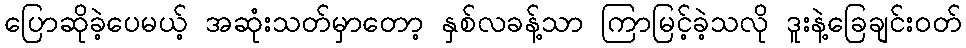
ပြောဆိုခဲ့ပေမယ့် အဆုံးသတ်မှာတော့ နှစ်လခန့်သာ ကြာမြင့်ခဲ့သလို ဒူးနဲ့ခြေချင်းဝတ်